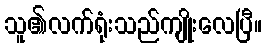
သူ၏လက်ရုံးသည်ကျိုးလေပြီ။